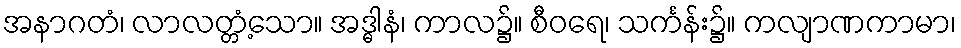
အနာဂတံ၊ လာလတ္တံ့သော။ အဒ္ဓါနံ၊ ကာလ၌။ စီဝရေ၊ သင်္ကန်း၌။ ကလျာဏကာမာ၊